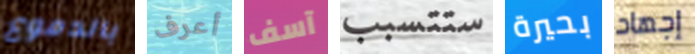
بالدموع أعرف آسف ستتسبب بحيرة إجهاد